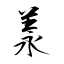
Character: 羕